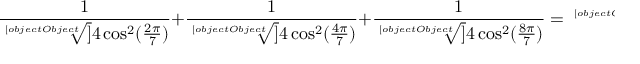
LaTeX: { \frac { 1 } { \sqrt [ [object Object] ] { 4 \cos ^ { 2 } ( { \frac { 2 \pi } { 7 } } ) } } } + { \frac { 1 } { \sqrt [ [object Object] ] { 4 \cos ^ { 2 } ( { \frac { 4 \pi } { 7 } } ) } } } + { \frac { 1 } { \sqrt [ [object Object] ] { 4 \cos ^ { 2 } ( { \frac { 8 \pi } { 7 } } ) } } } = { \sqrt [ [object Object] ] { 1 2 + 3 ( 2 { \sqrt [ [object Object] ] { 7 } } + { \sqrt [ [object Object] ] { 4 9 } } ) } }